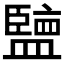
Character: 𱲚